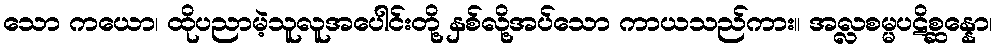
သော ကယော၊ ထိုပညာမဲ့သူလူအပေါင်းတို့ နှစ်လို့အပ်သော ကာယသည်ကား။ အလ္လစမ္မပဋိစ္ဆန္နော၊